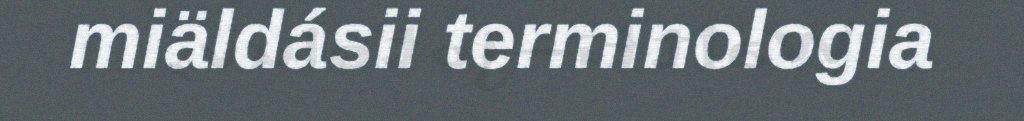
miäldásii terminologia